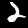
Label: 2